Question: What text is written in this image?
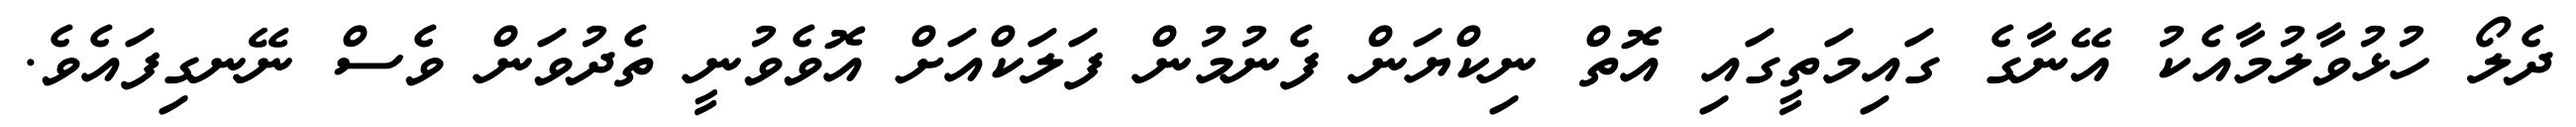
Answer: ދެލޯ ހުޅުވާލުމާއެކު އޭނާގެ ގައިމަތީގައި އޮތް ނިކްޔަން ފެނުމުން ފަލަކްއަށް އޮވެވުނީ ތެދުވަން ވެސް ނޭނގިފައެވެ.